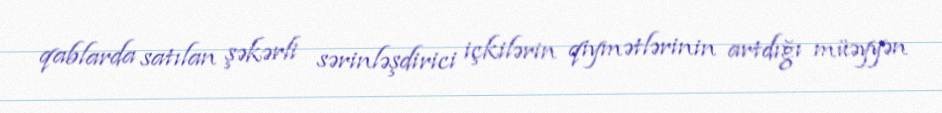
qablarda satılan şəkərli sərinləşdirici içkilərin qiymətlərinin artdığı müəyyən